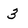
Character: 3